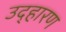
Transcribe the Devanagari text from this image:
उद्हारण